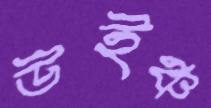
উইঞ্চ